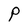
Character: P